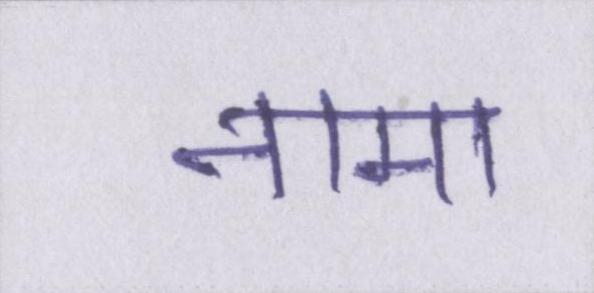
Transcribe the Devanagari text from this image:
नामा